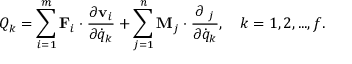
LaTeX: Q _ { k } = \sum _ { i = 1 } ^ { m } \mathbf { F } _ { i } \cdot { \frac { \partial \mathbf { v } _ { i } } { \partial { \dot { q } } _ { k } } } + \sum _ { j = 1 } ^ { n } \mathbf { M } _ { j } \cdot { \frac { \partial \mathbf { \omega } _ { j } } { \partial { \dot { q } } _ { k } } } , \quad k = 1 , 2 , . . . , f .